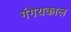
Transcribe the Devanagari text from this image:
गंगेयकाल